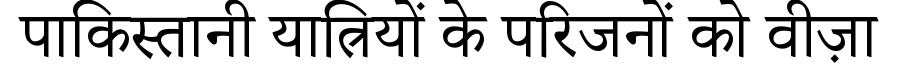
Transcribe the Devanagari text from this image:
पाकिस्तानी यात्रियों के परिजनों को वीज़ा